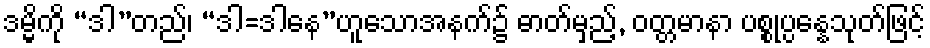
ဒမ္မိကို “ဒါ”တည်၊ “ဒါ=ဒါနေ”ဟူသောအနက်၌ ဓာတ်မှည့်, ဝတ္တမာနာ ပစ္စုပ္ပန္နေသုတ်ဖြင့်